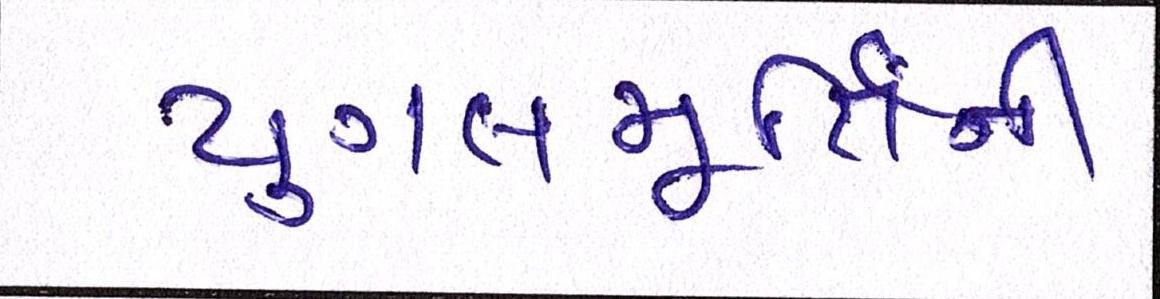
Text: યુગલમૂર્તિની